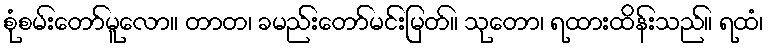
စုံစမ်းတော်မူလော။ တာတ၊ ခမည်းတော်မင်းမြတ်။ သုတော၊ ရထားထိန်းသည်။ ရထံ၊